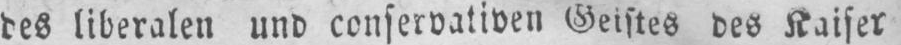
des liberalen und conservativen Geistes des Kaiser